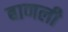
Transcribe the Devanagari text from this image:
बाणली